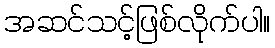
အဆင်သင့်ဖြစ်လိုက်ပါ။